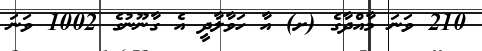
210 ވަނަ މާއްދާގެ (ށ) އާ ހަވާލާދީ އެ ގާނޫނުގެ 1002 ވަނަ